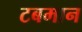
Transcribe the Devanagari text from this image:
टबमान